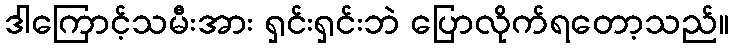
ဒါကြောင့်သမီးအား ရှင်းရှင်းဘဲ ပြောလိုက်ရတော့သည်။